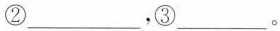
②___，③___。